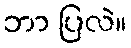
ဘာ ပြလဲ။